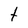
Character: t